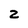
Character: 2